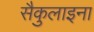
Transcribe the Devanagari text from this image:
सैकुलाइना